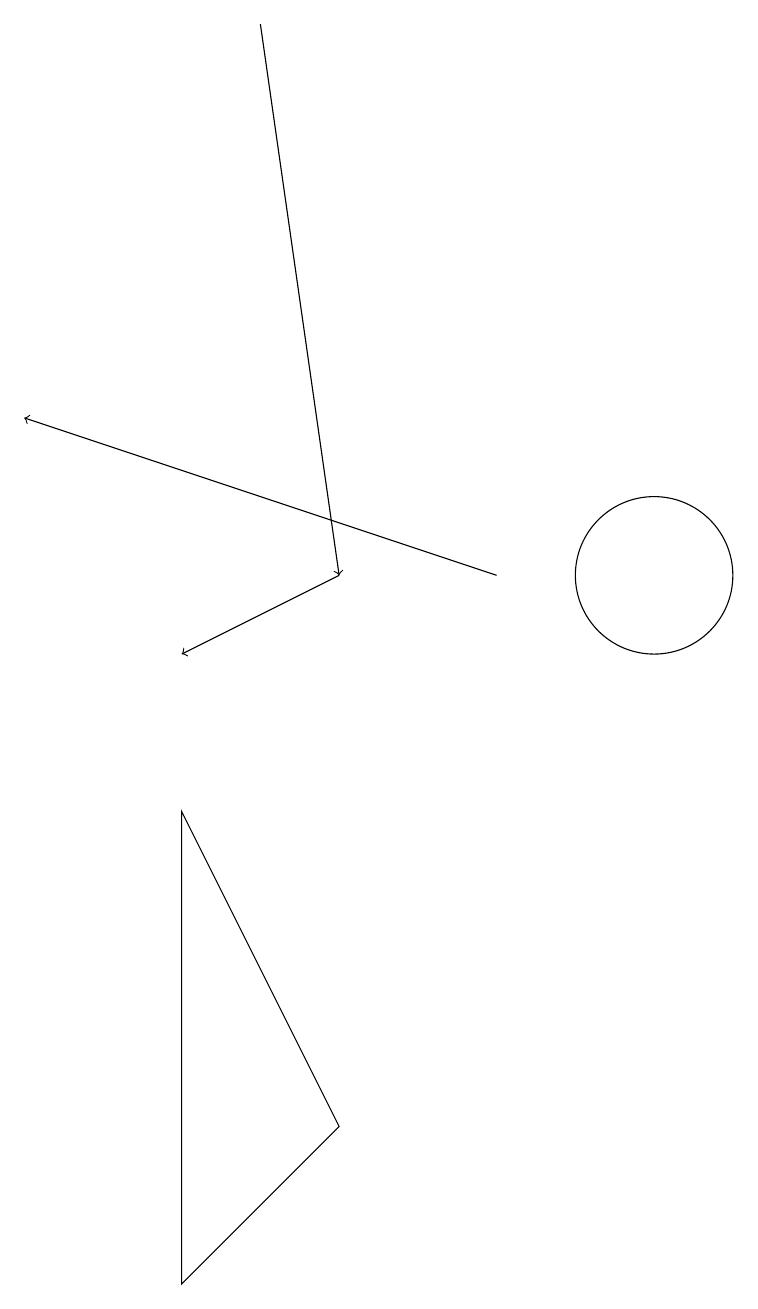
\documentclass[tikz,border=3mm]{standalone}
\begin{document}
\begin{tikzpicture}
\draw[->] (6,18) -- (7,11);
\draw (11,11) circle (1);
\draw (5,2) -- (7,4) -- (5,8) -- cycle;
\draw[->] (7,11) -- (5,10);
\draw[->] (9,11) -- (3,13);
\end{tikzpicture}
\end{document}